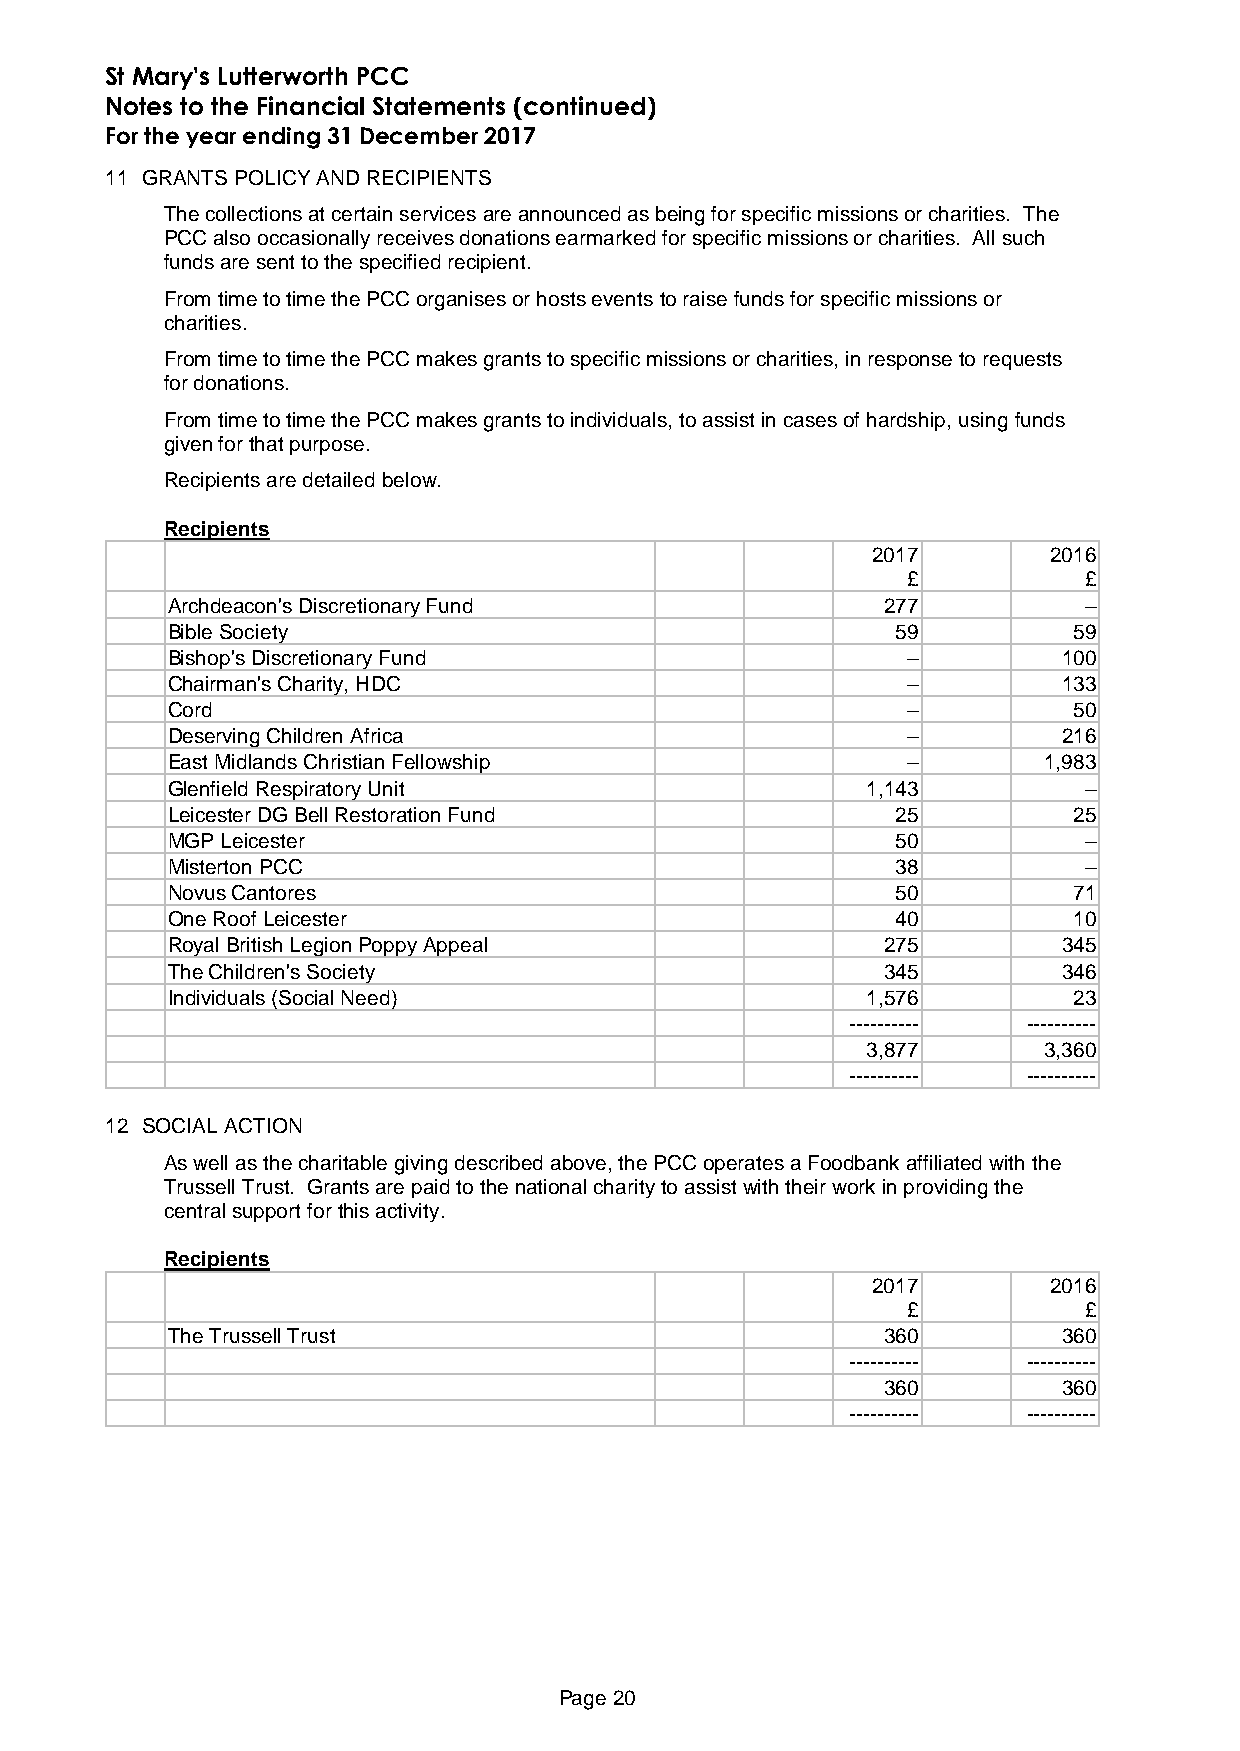
St Mary's Lutterworth PCC
 Notes to the Financial Statements (continued)
 For the year ending 31 December 2017
 11 GRANTS POLICY AND RECIPIENTS
 The collections at certain services are announced as being for specific missions or charities. The
 PCC also occasionally receives donations earmarked for specific missions or charities. All such
 funds are sent to the specified recipient.
 From time to time the PCC organises or hosts events to raise funds for specific missions or
 charities.
 From time to time the PCC makes grants to specific missions or charities, in response to requests
 for donations.
 From time to time the PCC makes grants to individuals, to assist in cases of hardship, using funds
 given for that purpose.
 Recipients are detailed below.
 Recipients
 2017       2016
 £           £
 Archdeacon's Discretionary Fund                277           –
 Bible Society                                   59          59
 Bishop's Discretionary Fund                      –         100
 Chairman's Charity, HDC                          –         133
 Cord                                             –          50
 Deserving Children Africa                        –         216
 East Midlands Christian Fellowship               –        1,983
 Glenfield Respiratory Unit                    1,143          –
 Leicester DG Bell Restoration Fund              25          25
 MGP Leicester                                   50           –
 Misterton PCC                                   38           –
 Novus Cantores                                  50          71
 One Roof Leicester                              40          10
 Royal British Legion Poppy Appeal              275         345
 The Children's Society                         345         346
 Individuals (Social Need)                     1,576         23
 ----------  ----------
 3,877       3,360
 ----------  ----------
 12 SOCIAL ACTION
 As well as the charitable giving described above, the PCC operates a Foodbank affiliated with the
 Trussell Trust. Grants are paid to the national charity to assist with their work in providing the
 central support for this activity.
 Recipients
 2017       2016
 £           £
 The Trussell Trust                             360         360
 ----------  ----------
 360         360
 ----------  ----------
 Page 20